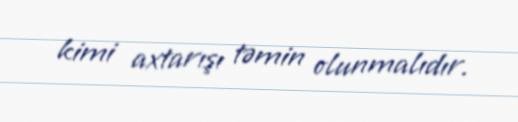
kimi axtarışı təmin olunmalıdır.